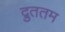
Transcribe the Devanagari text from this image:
द्रुततम